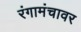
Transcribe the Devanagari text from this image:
रंगामंचावर